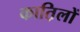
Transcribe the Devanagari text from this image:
कात़िलों